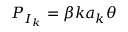
P _ { I _ { k } } = \beta k a _ { k } \theta